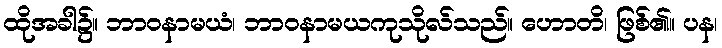
ထိုအခါ၌။ ဘာဝနာမယံ၊ ဘာဝနာမယကုသိုလ်သည်။ ဟောတိ၊ ဖြစ်၏။ ပန၊